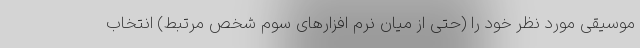
موسیقی مورد نظر خود را (حتی از میان نرم افزارهای سوم شخص مرتبط) انتخاب